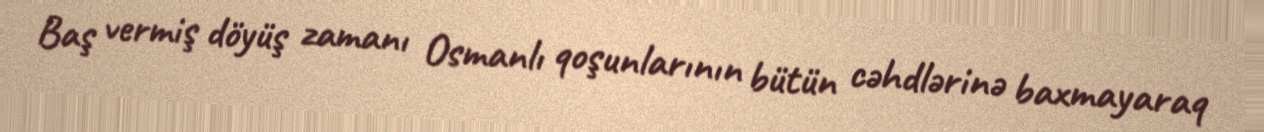
Baş vermiş döyüş zamanı Osmanlı qoşunlarının bütün cəhdlərinə baxmayaraq